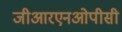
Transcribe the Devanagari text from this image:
जीआरएनओपीसी